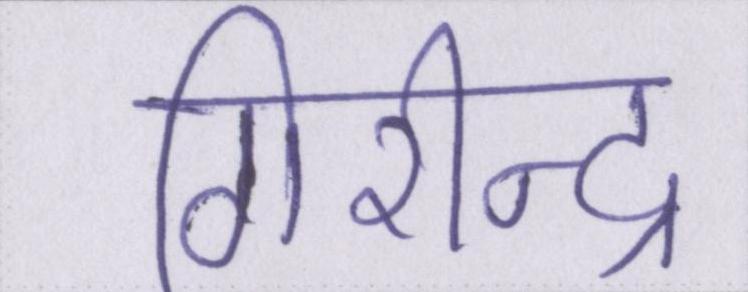
गिरीन्द्र